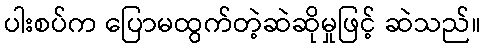
ပါးစပ်က ပြောမထွက်တဲ့ဆဲဆိုမှုဖြင့် ဆဲသည်။